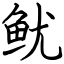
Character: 鱿